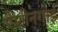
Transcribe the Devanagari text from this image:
पेशीनगोई